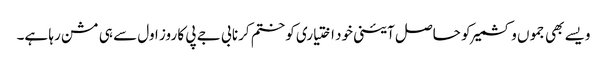
ویسے بھی جموں وکشمیر کو حاصل آئینی خود اختیاری کو ختم کرنا بی جے پی کا روز اول سے ہی مشن رہا ہے۔